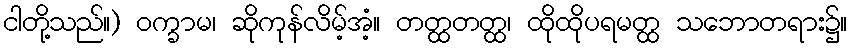
ငါတို့သည်။) ဝက္ခာမ၊ ဆိုကုန်လိမ့်အံ့။ တတ္ထတတ္ထ၊ ထိုထိုပရမတ္ထ သဘောတရား၌။